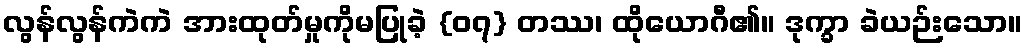
လွန်လွန်ကဲကဲ အားထုတ်မှုကိုမပြုခဲ့ {၀၇} တဿ၊ ထိုယောဂီ၏။ ဒုက္ခာ ခဲယဉ်းသော။